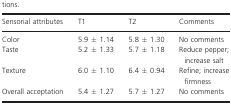
<table><thead><tr><td><b>Sensorial attributes</b></td><td><b>T1</b></td><td><b>T2</b></td><td><b>Comments</b></td></tr></thead><tbody><tr><td>Color</td><td>5.9 ± 1.14</td><td>5.8 ± 1.30</td><td>No comments</td></tr><tr><td>Taste</td><td>5.2 ± 1.33</td><td>5.7 ± 1.18</td><td>Reduce pepper; increase salt</td></tr><tr><td>Texture</td><td>6.0 ± 1.10</td><td>6.4 ± 0.94</td><td>Refine; increase firmness</td></tr><tr><td>Overall acceptation</td><td>5.4 ± 1.27</td><td>5.7 ± 1.27</td><td>No comments</td></tr></tbody></table>